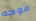
موجه